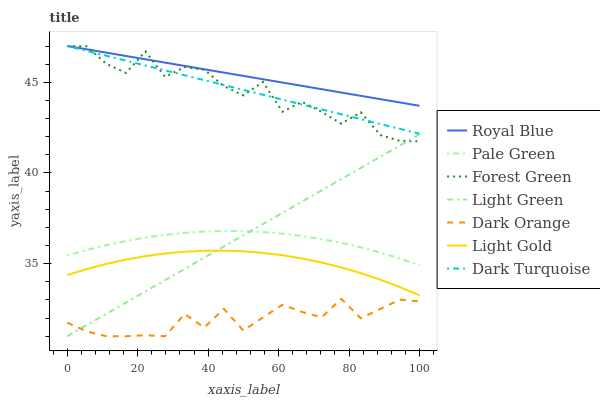
| xaxis_label | Royal Blue | Pale Green | Forest Green | Light Green | Dark Orange | Light Gold | Dark Turquoise |
 | --- | --- | --- | --- | --- | --- | --- | --- |
 | 0 | 47 | 35.4 | 47 | 31 | 31.8 | 34.4 | 47 |
 | 5.56 | 46.8 | 35.8 | 47 | 31.6 | 31.3 | 34.7 | 46.7 |
 | 11.1 | 46.6 | 36 | 46 | 32.2 | 31 | 35 | 46.5 |
 | 16.7 | 46.5 | 36.3 | 45.5 | 32.9 | 31 | 35.2 | 46.2 |
 | 22.2 | 46.3 | 36.4 | 46.7 | 33.5 | 31.1 | 35.4 | 45.9 |
 | 27.8 | 46.1 | 36.6 | 45.3 | 34.1 | 31 | 35.6 | 45.7 |
 | 33.3 | 45.9 | 36.7 | 45.8 | 34.7 | 32.2 | 35.7 | 45.4 |
 | 38.9 | 45.7 | 36.8 | 45.7 | 35.3 | 31.5 | 35.7 | 45.1 |
 | 44.4 | 45.5 | 36.8 | 44.8 | 35.9 | 32.5 | 35.7 | 44.9 |
 | 50 | 45.4 | 36.8 | 44.3 | 36.6 | 31.3 | 35.7 | 44.6 |
 | 55.6 | 45.2 | 36.7 | 45 | 37.2 | 32 | 35.6 | 44.3 |
 | 61.1 | 45 | 36.7 | 43.4 | 37.8 | 32.7 | 35.5 | 44 |
 | 66.7 | 44.8 | 36.5 | 43.9 | 38.4 | 32.3 | 35.3 | 43.8 |
 | 72.2 | 44.6 | 36.4 | 43.4 | 39 | 32 | 35.1 | 43.5 |
 | 77.8 | 44.4 | 36.1 | 42.7 | 39.7 | 33.1 | 34.8 | 43.2 |
 | 83.3 | 44.3 | 35.9 | 43.3 | 40.3 | 32 | 34.5 | 43 |
 | 88.9 | 44.1 | 35.6 | 42.1 | 40.9 | 32.5 | 34.1 | 42.7 |
 | 94.4 | 43.9 | 35.3 | 41.8 | 41.5 | 33 | 33.7 | 42.4 |
 | 100 | 43.7 | 34.9 | 41.7 | 42.1 | 32.9 | 33.3 | 42.2 |